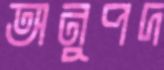
অনুপদ